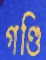
গণ্ডি